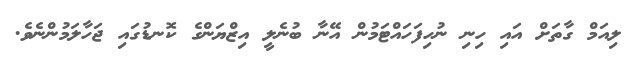
ލިއަމް ގާތަށް އައި ހިނި ނުހިފަހައްޓަމުން އޭނާ ބުނެލީ އިޒްޔަންގެ ކޮނޑުގައި ޖަހާލަމުންނެވެ.